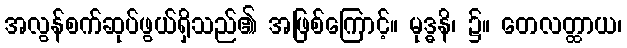
အလွန်စက်ဆုပ်ဖွယ်ရှိသည်၏ အဖြစ်ကြောင့်။ မုဒ္ဓနိ၊ ၌။ တေလတ္ထာယ၊